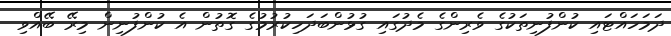
ދަމަހައްޓައި ކުންފުނިތަކުގެ ވެރިންގެ މެދުގައި ގުޅުންބަދަހިކުރުމުގެ ގޮތުން އެ ކުންފުނިން މިރޭ ބޭއްވި